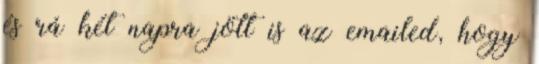
és rá két napra jött is az emailed, hogy